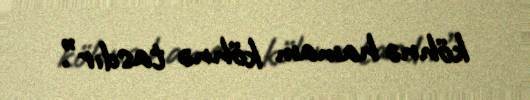
köhnə hamam köhnə tasdır”.